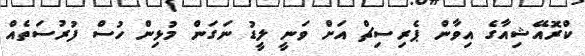
ކްރޮއޭޝިއާގެ އިވާން ޕެރިސިޗް އަށް ވަނީ ލީޑު ނަގަން މުޅިން ހުސް ފުރުސަތެއް